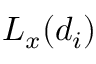
L _ { x } ( d _ { i } )